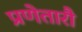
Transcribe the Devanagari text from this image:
प्रणेतारौ